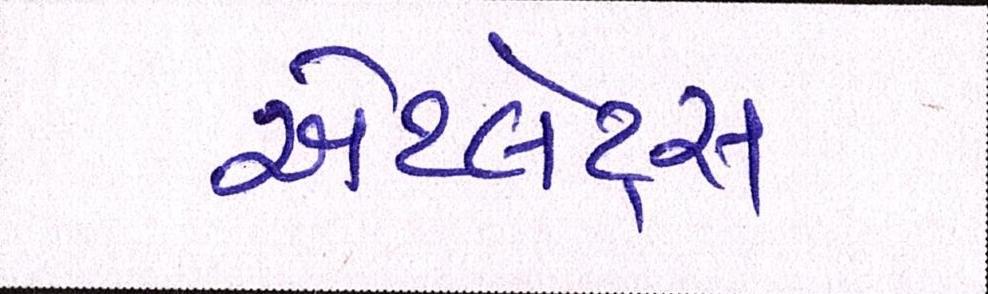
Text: એથ્લેટ્સ